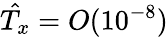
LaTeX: \hat{T_{x}}=O(10^{-8})